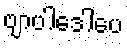
ဗျာပါဒေါပေ